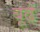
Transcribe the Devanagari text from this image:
बूढें